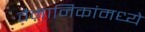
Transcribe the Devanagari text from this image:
वैमानिकांमध्ये